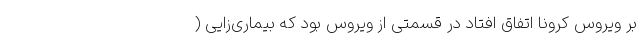
بر ویروس کرونا اتفاق افتاد در قسمتی از ویروس بود که بیماری‌زایی (